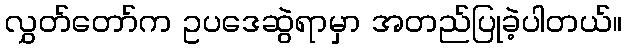
လွှတ်တော်က ဥပဒေဆွဲရာမှာ အတည်ပြုခဲ့ပါတယ်။